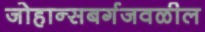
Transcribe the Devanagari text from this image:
जोहान्सबर्गजवळील